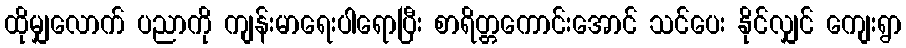
ထိုမျှလောက် ပညာကို ကျန်းမာရေးပါရောပြီး စာရိတ္တကောင်းအောင် သင်ပေး နိုင်လျှင် ကျေးရွာ